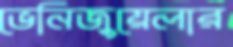
ভেনিজুয়েলার